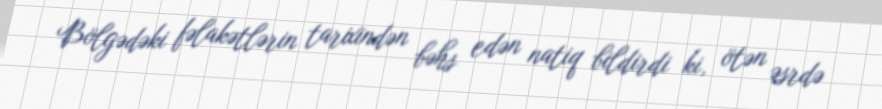
Bölgədəki fəlakətlərin tarixindən bəhs edən natiq bildirdi ki, ötən əsrdə